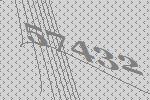
57432